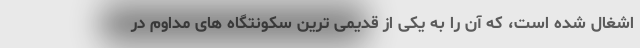
اشغال شده است، که آن را به یکی از قدیمی ترین سکونتگاه های مداوم در